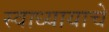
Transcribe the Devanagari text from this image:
स्वाध्यायाचे